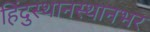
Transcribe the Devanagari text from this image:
हिंदुस्थानस्थानभर